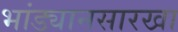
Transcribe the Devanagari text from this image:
भांड्यानसारखा